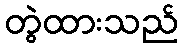
တွဲထားသည်